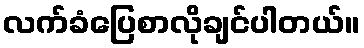
လက်ခံပြေစာလိုချင်ပါတယ်။